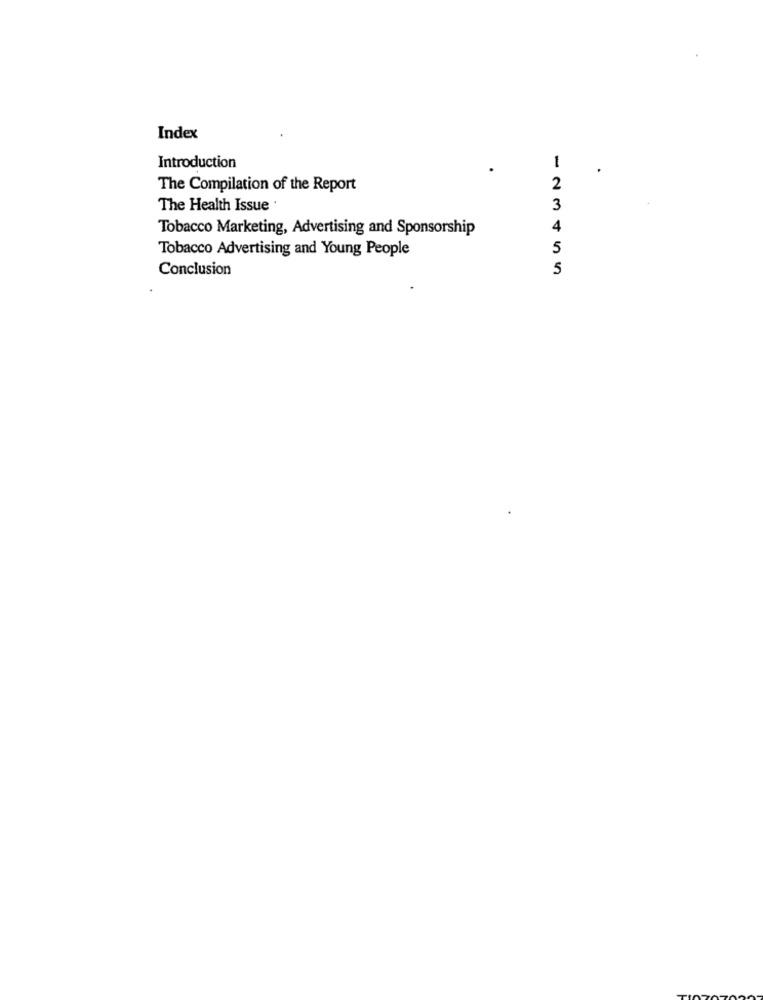
Index
1
Introduction
The Compilation of the Report
2
The Health Issue
3
Tobacco Marketing, Advertising and Sponsorship
Tobacco Advertising and Young People
5
Conclusion
5